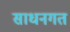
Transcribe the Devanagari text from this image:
साधनगत